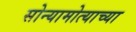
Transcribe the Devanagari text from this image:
सोन्यामोत्याच्या